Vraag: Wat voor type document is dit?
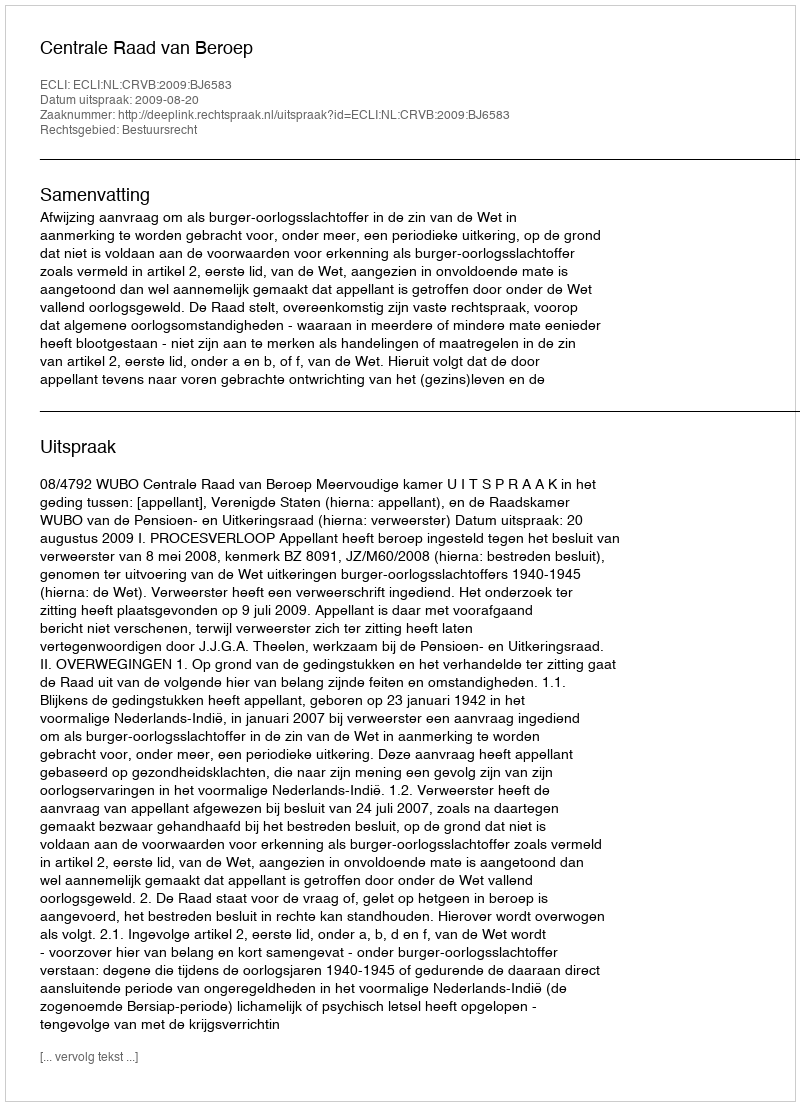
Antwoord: Uitspraak